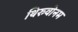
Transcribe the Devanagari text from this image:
थिरुवोनम